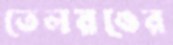
তেলরঙের